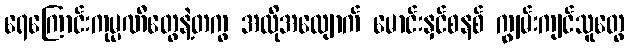
ရေကြောင်းကုမ္ပဏီတွေနဲ့တကွ အလိုအလျောက် မောင်းနှင်စနစ် ကျွမ်းကျင်သူတွေ